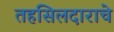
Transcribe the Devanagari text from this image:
तहसिलदाराचे